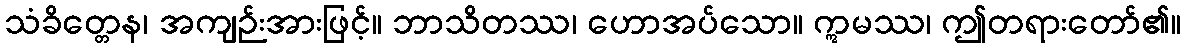
သံခိတ္တေန၊ အကျဉ်းအားဖြင့်။ ဘာသိတဿ၊ ဟောအပ်သော။ ဣမဿ၊ ဤတရားတော်၏။